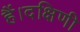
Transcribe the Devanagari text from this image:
हैं।दक्षिणी